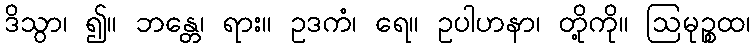
ဒိသွာ၊ ၍။ ဘန္တေ၊ ရား။ ဥဒကံ၊ ရေ။ ဥပါဟနာ၊ တို့ကို။ ဩမုဉ္စထ၊